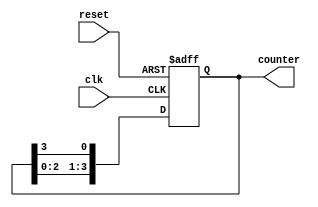
module ring_counter (
    input wire clk,           // Clock input
    input wire reset,         // Asynchronous reset input
    output reg [N-1:0] counter // Output register for the counter
);
    parameter N = 4; // Number of flip-flops (adjust as needed)

    always @(posedge clk or posedge reset) begin
        if (reset) begin
            counter <= 1'b1; // Set the first flip-flop to 1, others to 0
        end else begin
            counter <= {counter[N-2:0], counter[N-1]}; // Shift left
        end
    end
endmodule